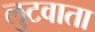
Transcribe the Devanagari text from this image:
लुटवाता